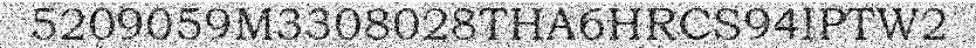
5209059M3308028THA6HRCS94IPTW2